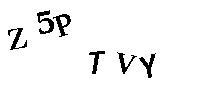
Z5PTVY